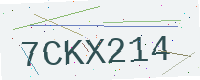
Text: 7CKX214